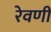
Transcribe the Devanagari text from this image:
रेवणी